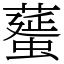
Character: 𦿸